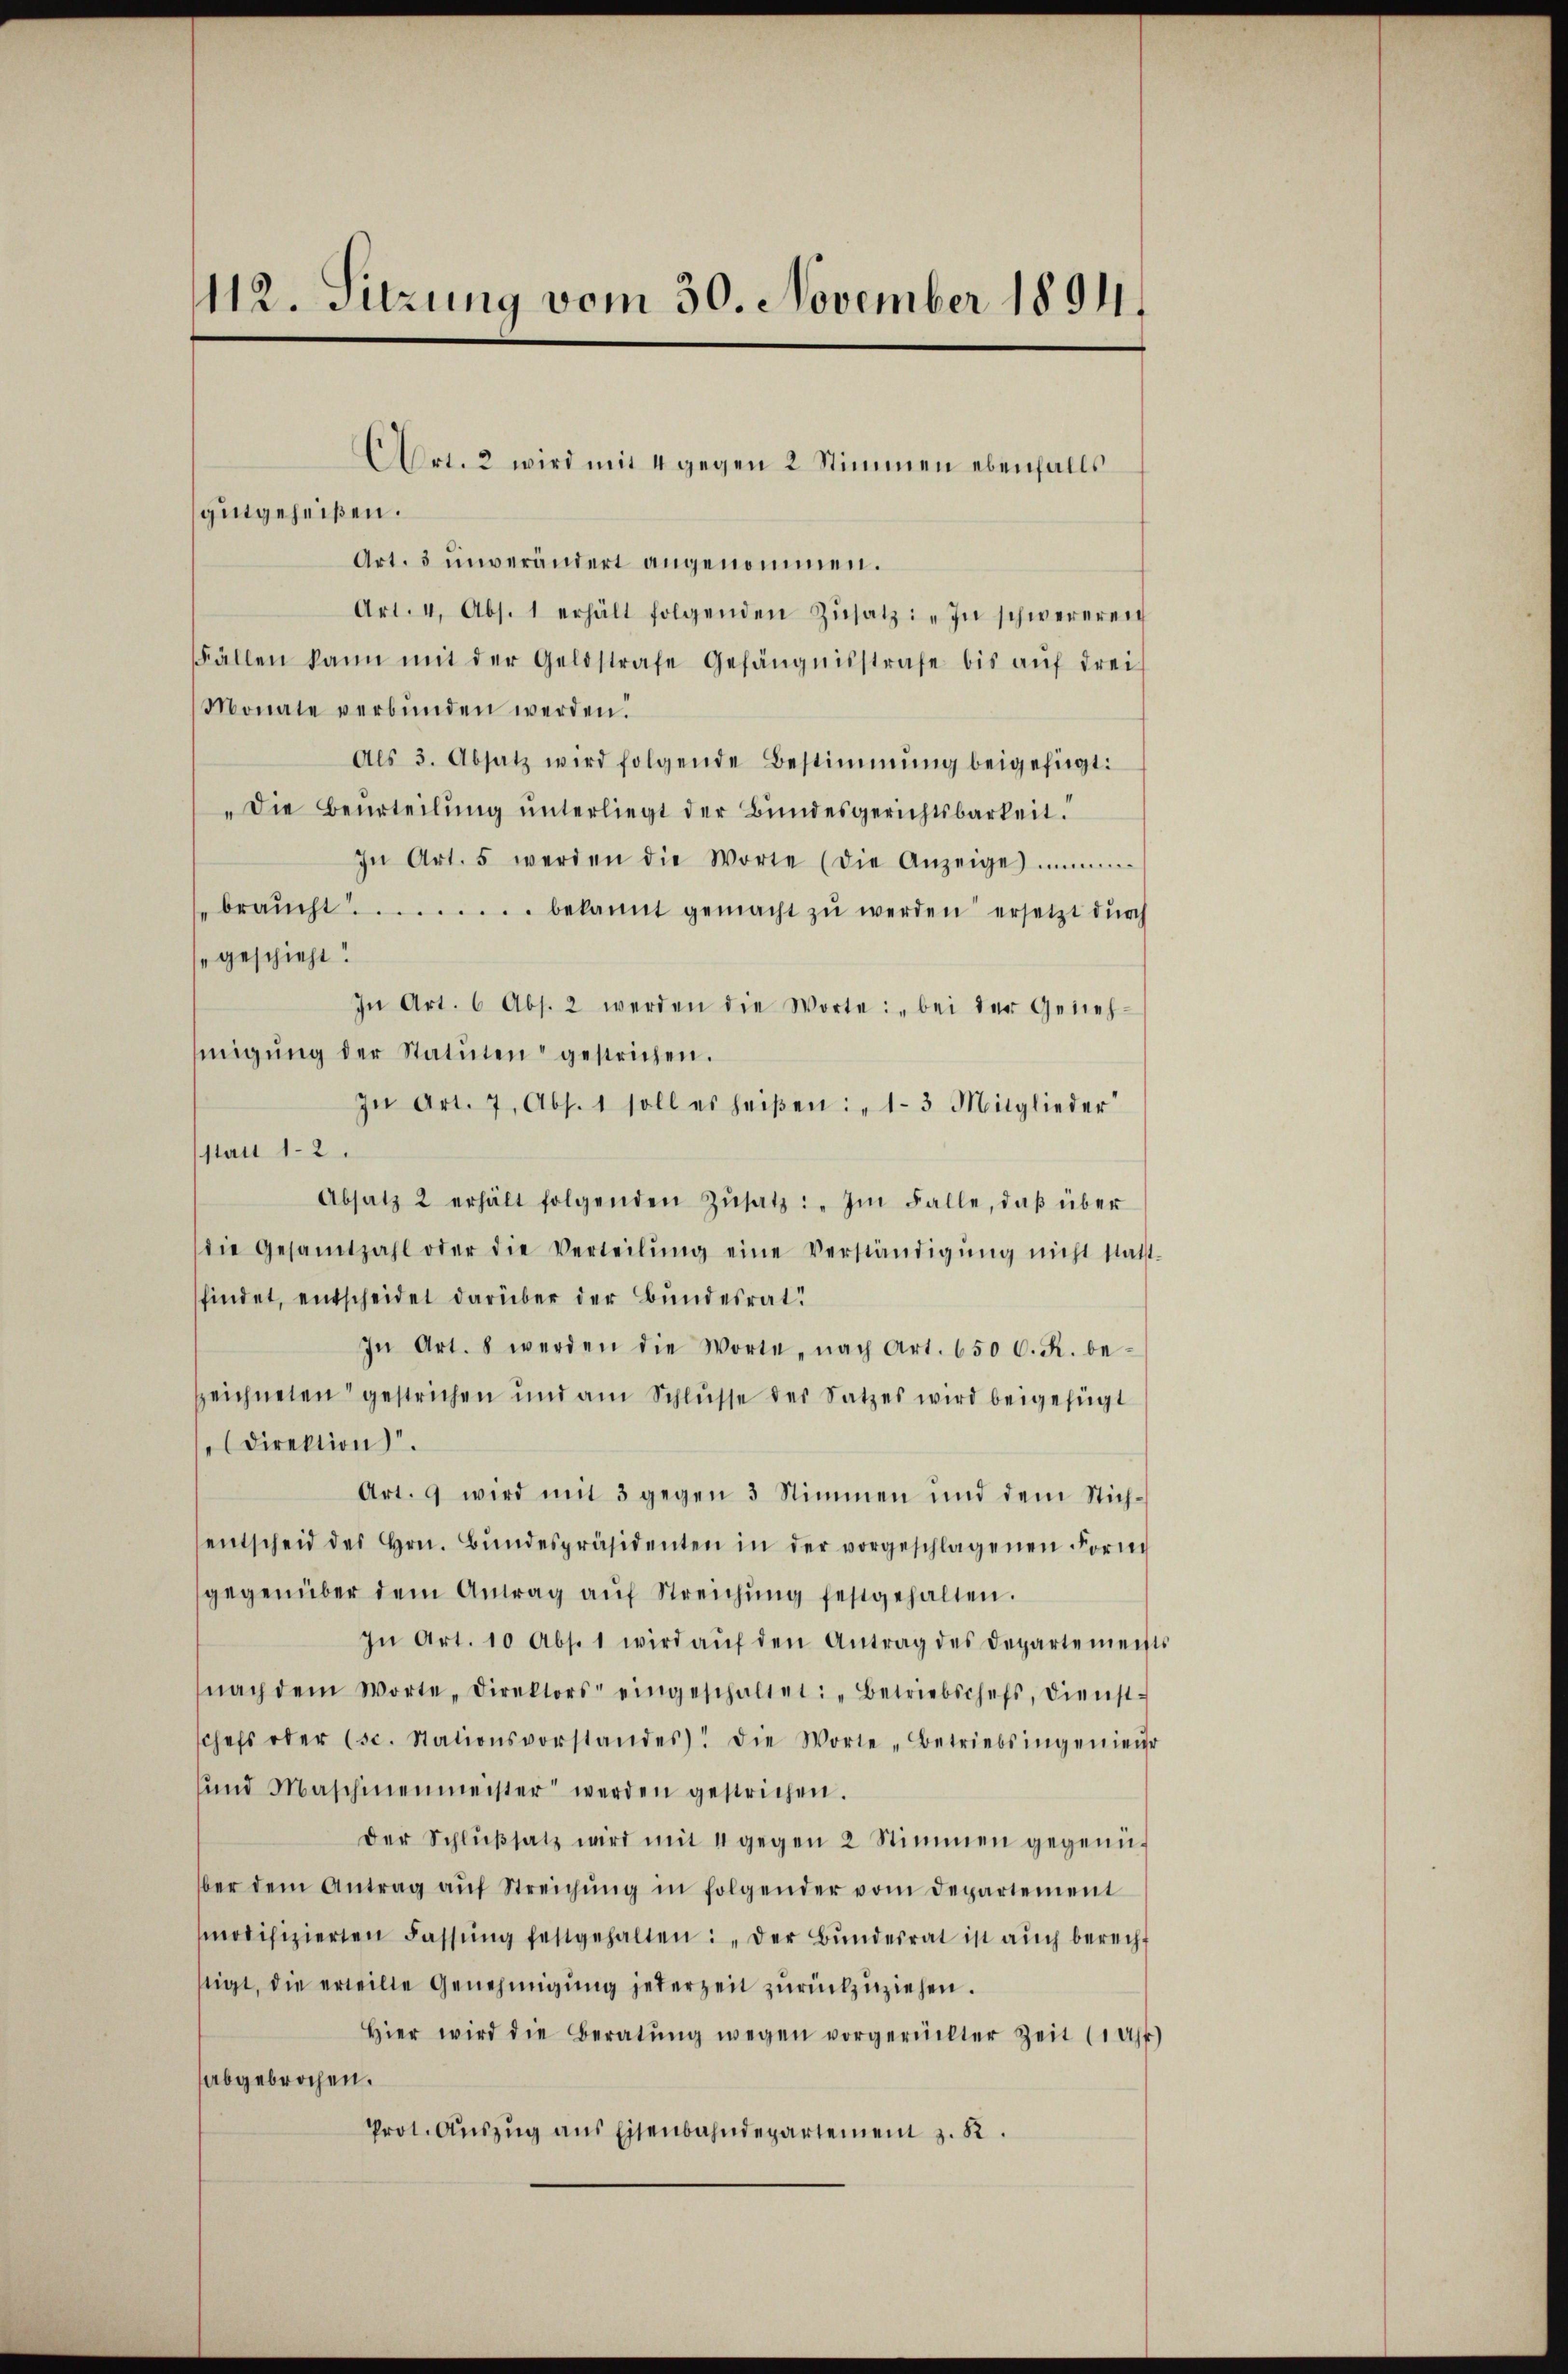
112. Sitzung vom 30. November 1891.

gutgeheißen.
Art. 3 unverändert angenommen.
Art. 4. Abs. 1 erhält folgenden Zŭsatz: „In schwereren
Fällen kann mit der Geldstrafe Gefängnisstrafe bis auf drei
Monate verbunden werden.
Als 3. Absatz wird folgende Bestimmung beigefügt:
"Die Beurteilŭng ŭnterliegt der Bundesgerichtsbarkeit.
In Art. 5 werden die Worte (die Anzeige
braŭcht ...... bekannt gemacht zŭ werden ersetzt durch
"geschieht!
In Art. 6 Abs. 2 werden die Worte: „bei der Geneh-
migŭng der Statuten gestrichen.
In Art. 7, Abs. 1 soll es heißen: „1-3 Mitglieder
stau 12.
Absatz 2 erhält folgenden Zŭsatz: „Im Falle, daβ über
die Gesamtzahl oder die Verteilŭng eine Verständigŭng nicht statt
findet, entscheidet darüber der Bundesrat!
In Art. 8 werden die Worte, nach Art. 650 C. R. be-
zeichneten gestrichen und am Schlŭsse der Satzes wird beigefügt
Direktion.
Art. 9 wird mit 3 gegen 3 Stimmen und dem Stichentscheid des Hrn. Bŭndespräsidenten in der vorgeschlagenen Form
gegenüber dem Antrag aŭf Streichŭng festgehalten.
In Art. 10 Abs. 1 wird aŭf den Antrag des Departemen
nach dem Worte Direktors eingeschaltet: „Betriebschefs, dienst-
chefs oder (s. Stationsvorstandes. Die Worte „Betriebsingenien
und Maschinenmeister werden gestrichen.
Der Schlŭβsatz wird mit 4 gegen 2 Stimmen gegenüg
ber dem Antrag aŭf Streichŭng in folgender vom Departement
modifizierten Fassŭng festgehalten: „Der Bŭndesrat ist aŭch berecht
stigt, die erteilte Genehmigung jederzeit zurückzuziehen.
Hier wird die Beratŭng wegen vorgerückter Zeit (1 Uhr
abgebrochen.
Prot. Auszug aus Eisenbahndepartement z. B.

Art. 2 wird mit 4 gegen 2 Stimmen ebenfalls